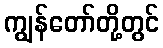
ကျွန်တော်တို့တွင်